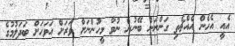
އެއީ އެހެން އެއްޗެތި ގަންނަން ބޭނުން ނުވާ މީހުންނަށް ވަރަށް އަވަހަށް ބަދަލުމުގެ